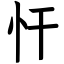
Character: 忓